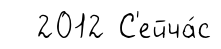
2012 С'ейча́с